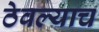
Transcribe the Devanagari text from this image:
ठेवल्याच